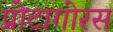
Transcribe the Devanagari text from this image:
प्रोटागोरस